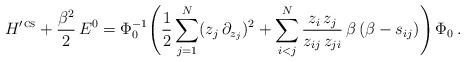
LaTeX: \begin{align*} H^{\prime\mspace{2mu}\textsc{cs}} + \frac{\beta^2}{2} \, E^0 = \Phi_0^{-1} \Biggl( \frac{1}{2} \sum_{j=1}^N (z_j \, \partial_{z_j})^2 + \sum_{i<j}^N \frac{z_i \, z_j}{z_{ij}\,z_{ji}}\, \beta \, (\beta - s_{ij}) \Biggr) \, \Phi_0 \, .\end{align*}